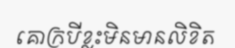
គោក្របីខ្លះមិនមានលិខិត